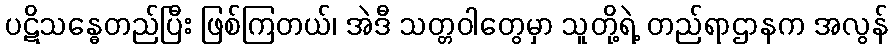
ပဋိသန္ဓေတည်ပြီး ဖြစ်ကြတယ်၊ အဲဒီ သတ္တဝါတွေမှာ သူတို့ရဲ့ တည်ရာဌာနက အလွန်